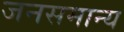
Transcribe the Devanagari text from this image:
जनसमान्य